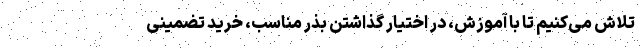
تلاش می‌کنیم تا با آموزش، در اختیار گذاشتن بذر مناسب، خرید تضمینی